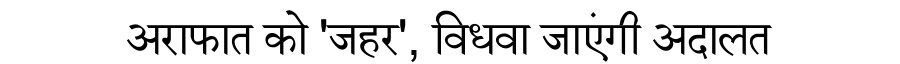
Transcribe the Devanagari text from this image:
अराफात को 'जहर', विधवा जाएंगी अदालत